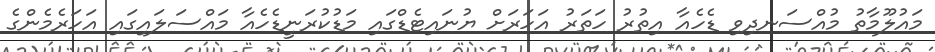
މައުލޫމާތު މުއްސަނދިވި ޑެހެއާ އިތުރު ހަތަރު އަހަރަށް ޔުނައިޓެޑްގައި މަޑުކުރަނީޑެހެއާ މައްސަލައިގައި އަހަރެމެންގެ